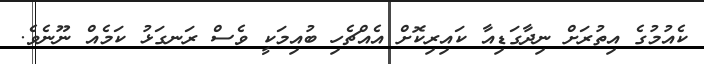
ކެއުމުގެ އިތުރަށް ނިދާގަޑިއާ ކައިރިކޮށް އެއްޗެހި ބުއިމަކީ ވެސް ރަނގަޅު ކަމެއް ނޫނެވެ.